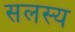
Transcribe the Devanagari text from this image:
सलस्य